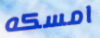
امسكه